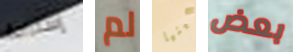
إستراحة لم كينيا بعض